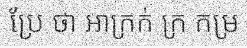
ប្រែ ថា អាក្រក់ ក្រ កម្រ